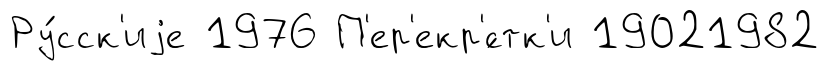
Ру́сск'иjе 1976 П'ер'екр'́стк'и 19021982